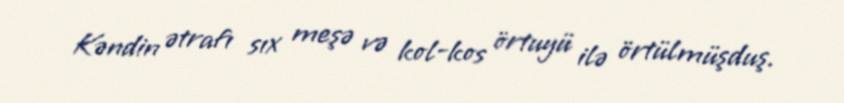
Kəndin ətrafı sıx meşə və kol-kos örtuyü ilə örtülmüşduş.